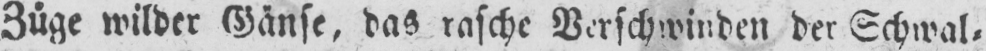
Züge wilder Gänse, das rasche Verschwinden der Schwal⸗